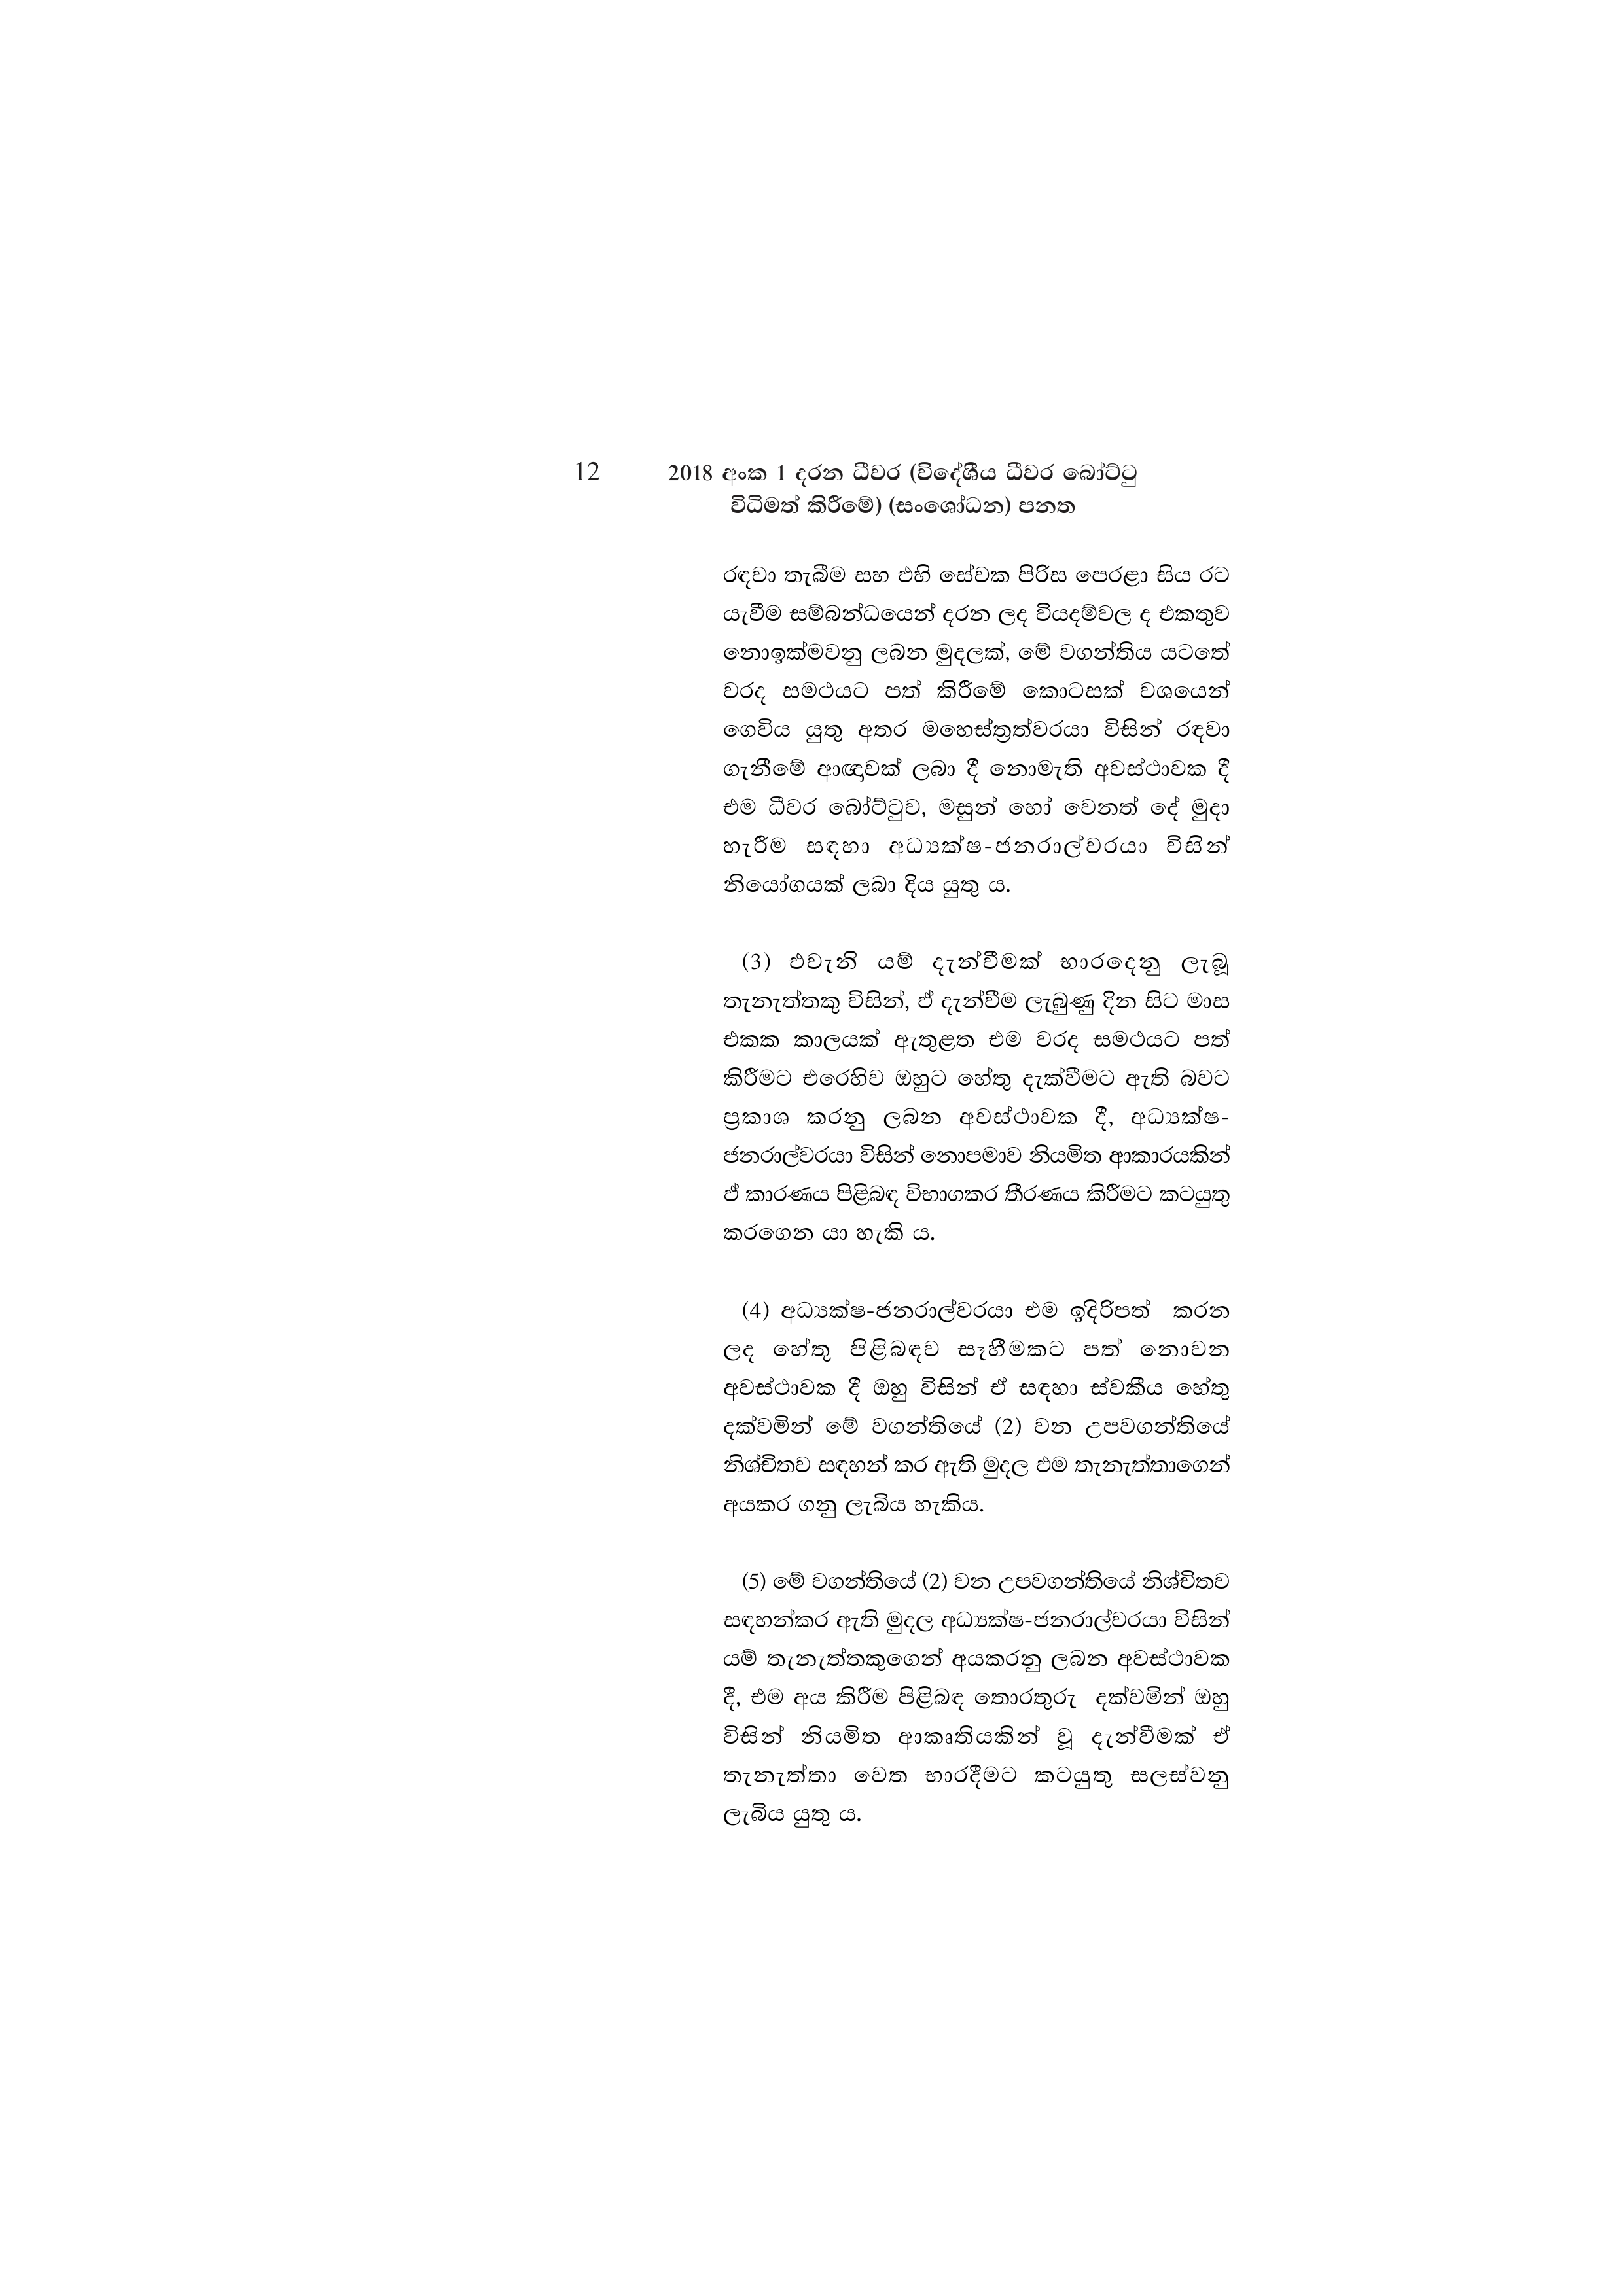
12 2018 අංක 1 දරන ධීවර (විදේශීය ධීවර බෝට්ටු
විධිමත් කිරීමේ) (සංශෝධන) පනත

රඳවා තැබීම සහ එහි සේවක පිරිස පෙරළා සිය රට
යැවීම සම්බන්ධයෙන් දරන ලද වියදම්වල ද එකතුව
නොඉක්මවනු ලබන මුදලක්, මේ වගන්තිය යටතේ
වරද සමථයට පත් කිරීමේ කොටසක් වශයෙන්
ගෙවිය යුතු අතර මහෙස්ත්‍රත්වරයා විසින් රඳවා
ගැනීමේ ආඥාවක් ලබා දී නොමැති අවස්ථාවක දී
එම ධීවර බෝට්ටුව, මසුන් හෝ වෙනත් දේ මුදා
හැරීම සඳහා අධ්‍යක්ෂ-ජනරාල්වරයා විසින්
නියෝගයක් ලබා දිය යුතු ය.

(3) එවැනි යම් දැන්වීමක් භාරදෙනු ලැබූ
තැනැත්තකු විසින්, ඒ දැන්වීම ලැබුණු දින සිට මාස
එකක කාලයක් ඇතුළත එම වරද සමථයට පත්
කිරීමට එරෙහිව ඔහුට හේතු දැක්වීමට ඇති බවට
ප්‍රකාශ කරනු ලබන අවස්ථාවක දී, අධ්‍යක්ෂ-
ජනරාල්වරයා විසින් නොපමාව නියමිත ආකාරයකින්
ඒ කාරණය පිළිබඳ විභාගකර තීරණය කිරීමට කටයුතු
කරගෙන යා හැකි ය.

(4) අධ්‍යක්ෂ-ජනරාල්වරයා එම ඉදිරිපත් කරන
ලද හේතු පිළිබඳව සෑහීමකට පත් නොවන
අවස්ථාවක දී ඔහු විසින් ඒ සඳහා ස්වකීය හේතු
දක්වමින් මේ වගන්තියේ (2) වන උපවගන්තියේ
නිශ්චිතව සඳහන් කර ඇති මුදල එම තැනැත්තාගෙන්
අයකර ගනු ලැබිය හැකිය.

(5) මේ වගන්තියේ (2) වන උපවගන්තියේ නිශ්චිතව
සඳහන්කර ඇති මුදල අධ්‍යක්ෂ-ජනරාල්වරයා විසින්
යම් තැනැත්තකුගෙන් අයකරනු ලබන අවස්ථාවක
දී, එම අය කිරීම පිළිබඳ තොරතුරු දක්වමින් ඔහු
විසින් නියමිත ආකෘතියකින් වූ දැන්වීමක් ඒ
තැනැත්තා වෙත භාරදීමට කටයුතු සලස්වනු
ලැබිය යුතු ය.